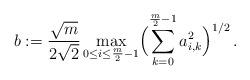
LaTeX: \begin{align*}b := \frac{\sqrt{m}}{2 \sqrt{2}} \max_{0 \leq i \leq \frac{m}{2}-1} \Bigl(\sum_{k=0}^{\frac{m}{2}-1} a_{i,k}^2 \Bigr)^{1/2} \,.\end{align*}